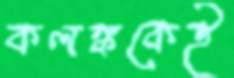
কলঙ্ককেই